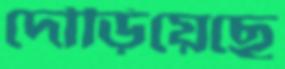
দৌড়িয়েছে